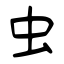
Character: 虫